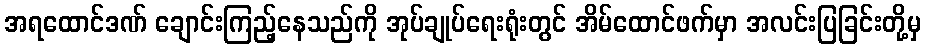
အရထောင်ဒဏ် ချောင်းကြည့်နေသည်ကို အုပ်ချုပ်ရေးရုံးတွင် အိမ်ထောင်ဖက်မှာ အလင်းပြခြင်းတို့မှ